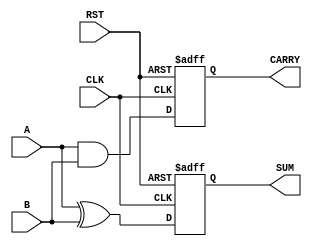
module sequential_half_adder (
    input wire A,          // First input bit
    input wire B,          // Second input bit
    input wire CLK,        // Clock signal
    input wire RST,        // Reset signal
    output reg SUM,        // Sum output
    output reg CARRY       // Carry output
);

    // Internal state registers to hold previous sum and carry
    reg prev_sum;          // Previous sum
    reg prev_carry;        // Previous carry

    // Sequential logic
    always @(posedge CLK or posedge RST) begin
        if (RST) begin
            // Reset state registers to zero
            prev_sum <= 1'b0;
            prev_carry <= 1'b0;
            SUM <= 1'b0;
            CARRY <= 1'b0;
        end else begin
            // Compute current sum and carry
            SUM <= A ^ B;              // SUM = A XOR B
            CARRY <= A & B;            // CARRY = A AND B
            
            // Update previous state registers
            prev_sum <= SUM;
            prev_carry <= CARRY;
        end
    end

endmodule